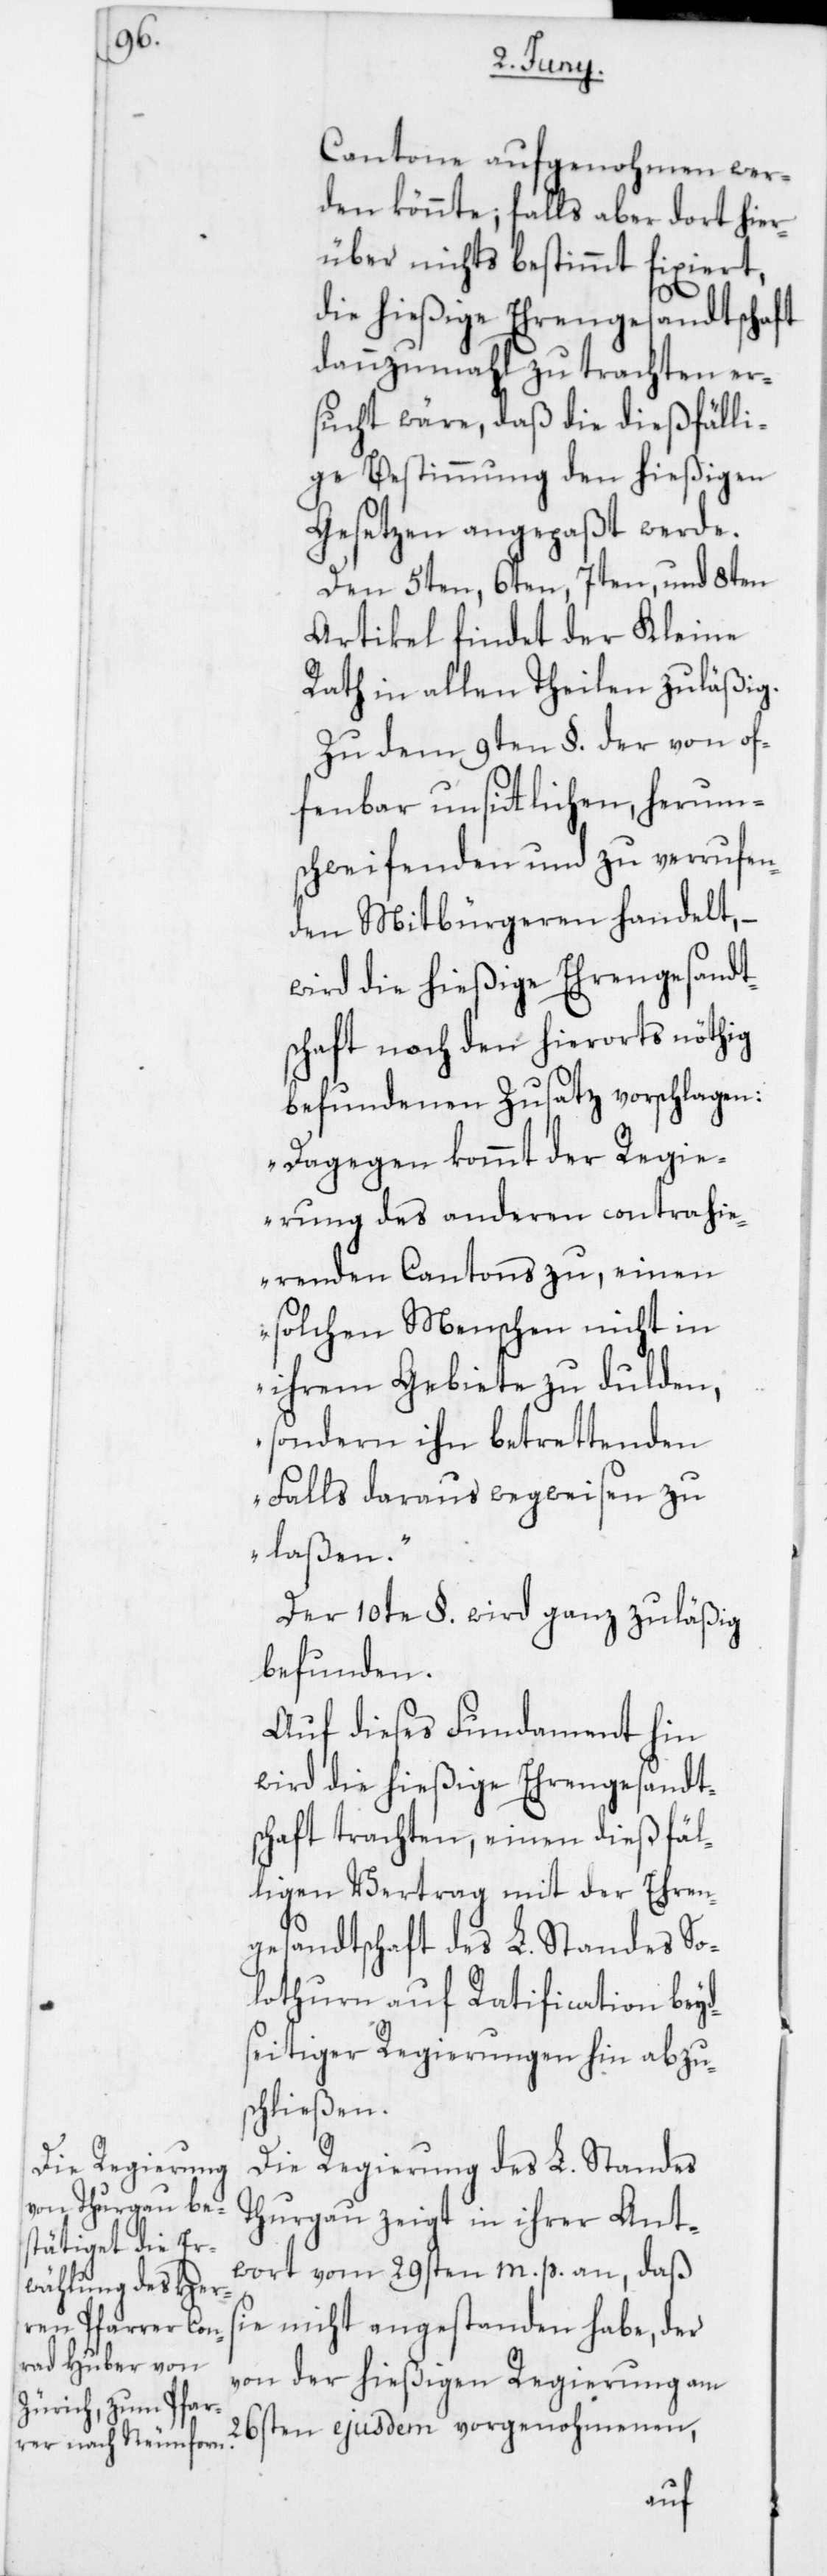
Cantone aufgenohmen wer¬
den könnte; falls aber dort hier¬
über nichts bestimmt fixiert,
die hießige Ehrengesandtschaft
dannzumahl zu trachten er¬
sucht wäre, daß die dießfälli¬
ge Bestimmung den hießigen
Gesetzen angepaßt werde.
Den 5ten, 6ten, 7ten und 8ten
Artikel findet der Kleine
Rath in allen Theilen zuläßig.
Zu dem 9ten §. der von of¬
fenbar unsittlichen, herum¬
schweifenden und zu verrufen¬
den Mitbürgeren handelt,
wird die hießige Ehrengesandt¬
schaft nach den hierorts nöthig
befundenen Zusatz vorschlagen:
„Dagegen kommt der Regie¬
rung des anderen contrahie¬
renden Cantons zu, einen
solchen Menschen nicht in
ihrem Gebiete zu dulden,
sondern ihn betrettenden
Falls daraus wegweisen zu
laßen.“
Der 10te §. wird ganz zuläßig
befunden.
Auf dieses Fundament hin
wird die hießige Ehrengesandts¬
chaft trachten, einen dießfäl¬
ligen Vertrag mit der Ehren¬
gesandtschaft des L. Standes So¬
lothurn auf Ratification beyd¬
seitiger Regierungen hin abzu¬
schließen.
Die Regierung des L. Standes
Thurgau zeigt in ihrer Ant¬
wort vom 29sten m. p. an, daß
sie nicht angestanden habe, der
von der hießigen Regierung am
26sten ejusdem vorgenohmenen,